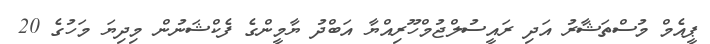
ޕީއެމް މުސްތަޝާރު އަދި ރައީސުލްޖުމްހޫރިއްޔާ އަބްދު ޔާމީންގެ ފެކްޝަނުން މިދިޔަ މަހުގެ 20